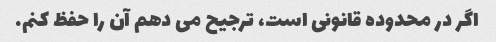
اگر در محدوده قانونی است، ترجیح می دهم آن را حفظ کنم.